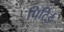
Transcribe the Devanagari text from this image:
पिटिई